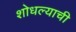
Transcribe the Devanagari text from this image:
शोधल्याची